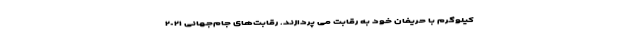
کیلوگرم با حریفان خود به رقابت می پردازند. رقابت‌های جام‌جهانی ٢٠٢١